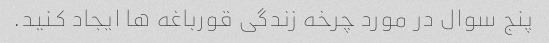
پنج سوال در مورد چرخه زندگی قورباغه ها ایجاد کنید.